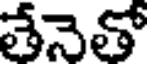
తేనెతో